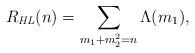
LaTeX: \begin{align*} R_{\textit{HL}}(n) = \sum_{m_1 + m_2^2 = n} \Lambda(m_1),\end{align*}